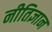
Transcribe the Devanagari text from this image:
नीतिज्ञान